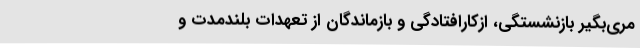
مری‌بگیر بازنشستگی، ازکارافتادگی و بازماندگان از تعهدات بلندمدت و